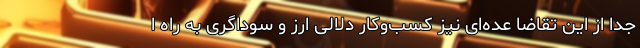
جدا از این تقاضا عده‌ای نیز کسب‌وکار دلالی ارز و سوداگری به راه ا